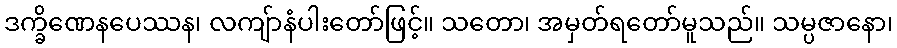
ဒက္ခိဏေနပေဿန၊ လကျ်ာနံပါးတော်ဖြင့်။ သတော၊ အမှတ်ရတော်မူသည်။ သမ္ပဇာနော၊